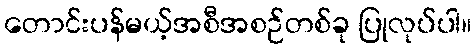
တောင်းပန်မယ့်အစီအစဉ်တစ်ခု ပြုလုပ်ပါ။